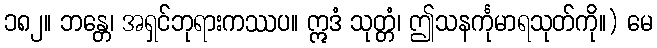
၁၈၂။ ဘန္တေ၊ အရှင်ဘုရားကဿပ။ ဣဒံ သုတ္တံ၊ ဤသနင်္ကုမာရသုတ်ကို။) မေ